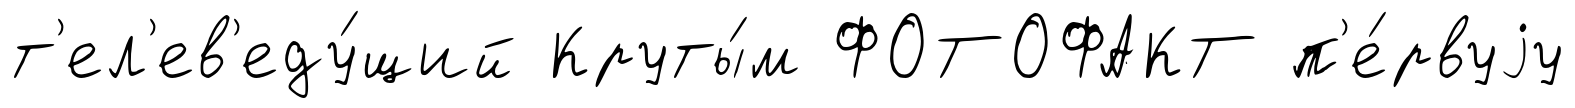
т'ел'ев'еду́щий Круты́м ФОТОФАКТ п'е́рвуjу